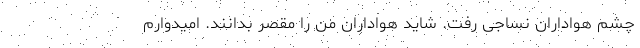
چشم هواداران نساجی رفت. شاید هواداران من را مقصر بدانند. امیدوارم